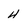
Character: 4